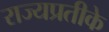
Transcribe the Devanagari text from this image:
राज्यप्रतीके